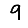
Digit: 9